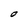
Character: O